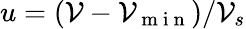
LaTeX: u=(\mathcal{V}-\mathcal{V}_{\mathrm{{~m~i~n~}}})/\mathcal{V}_{s}